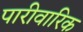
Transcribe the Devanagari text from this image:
पारीवारिक